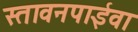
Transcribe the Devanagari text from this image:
स्तावनपाईवा